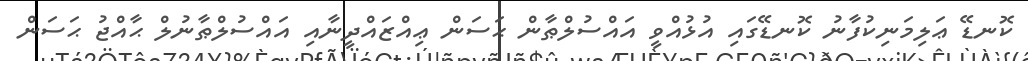
ކޮނޑޭ ޢަލިމަނިކުފާނު ކޮނޑޭގައި އުޅުއްވީ އައްސުލްޠާން ޙަސަން ޢިއްޒައްދީނާއި އައްސުލްޠާނުލް ޙާއްޖު ޙަސަން